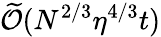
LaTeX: \widetilde{\cal O}(N^{2/3}\eta^{4/3}t)